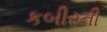
કબીરની